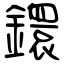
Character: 鐶